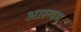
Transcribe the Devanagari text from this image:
आरग्वध